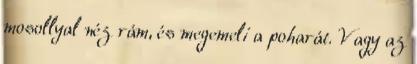
mosollyal néz rám, és megemeli a poharát. Vagy az